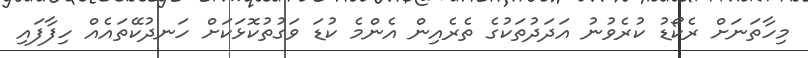
މިހާތަނަށް ރެކޯޑު ކުރެވުނު އަދަދުތަކުގެ ތެރެއިން އެންމެ ކުޑަ ވަގުތުކޮޅަކަށް ހަނދުކޭތައެއް ހިފާފައި